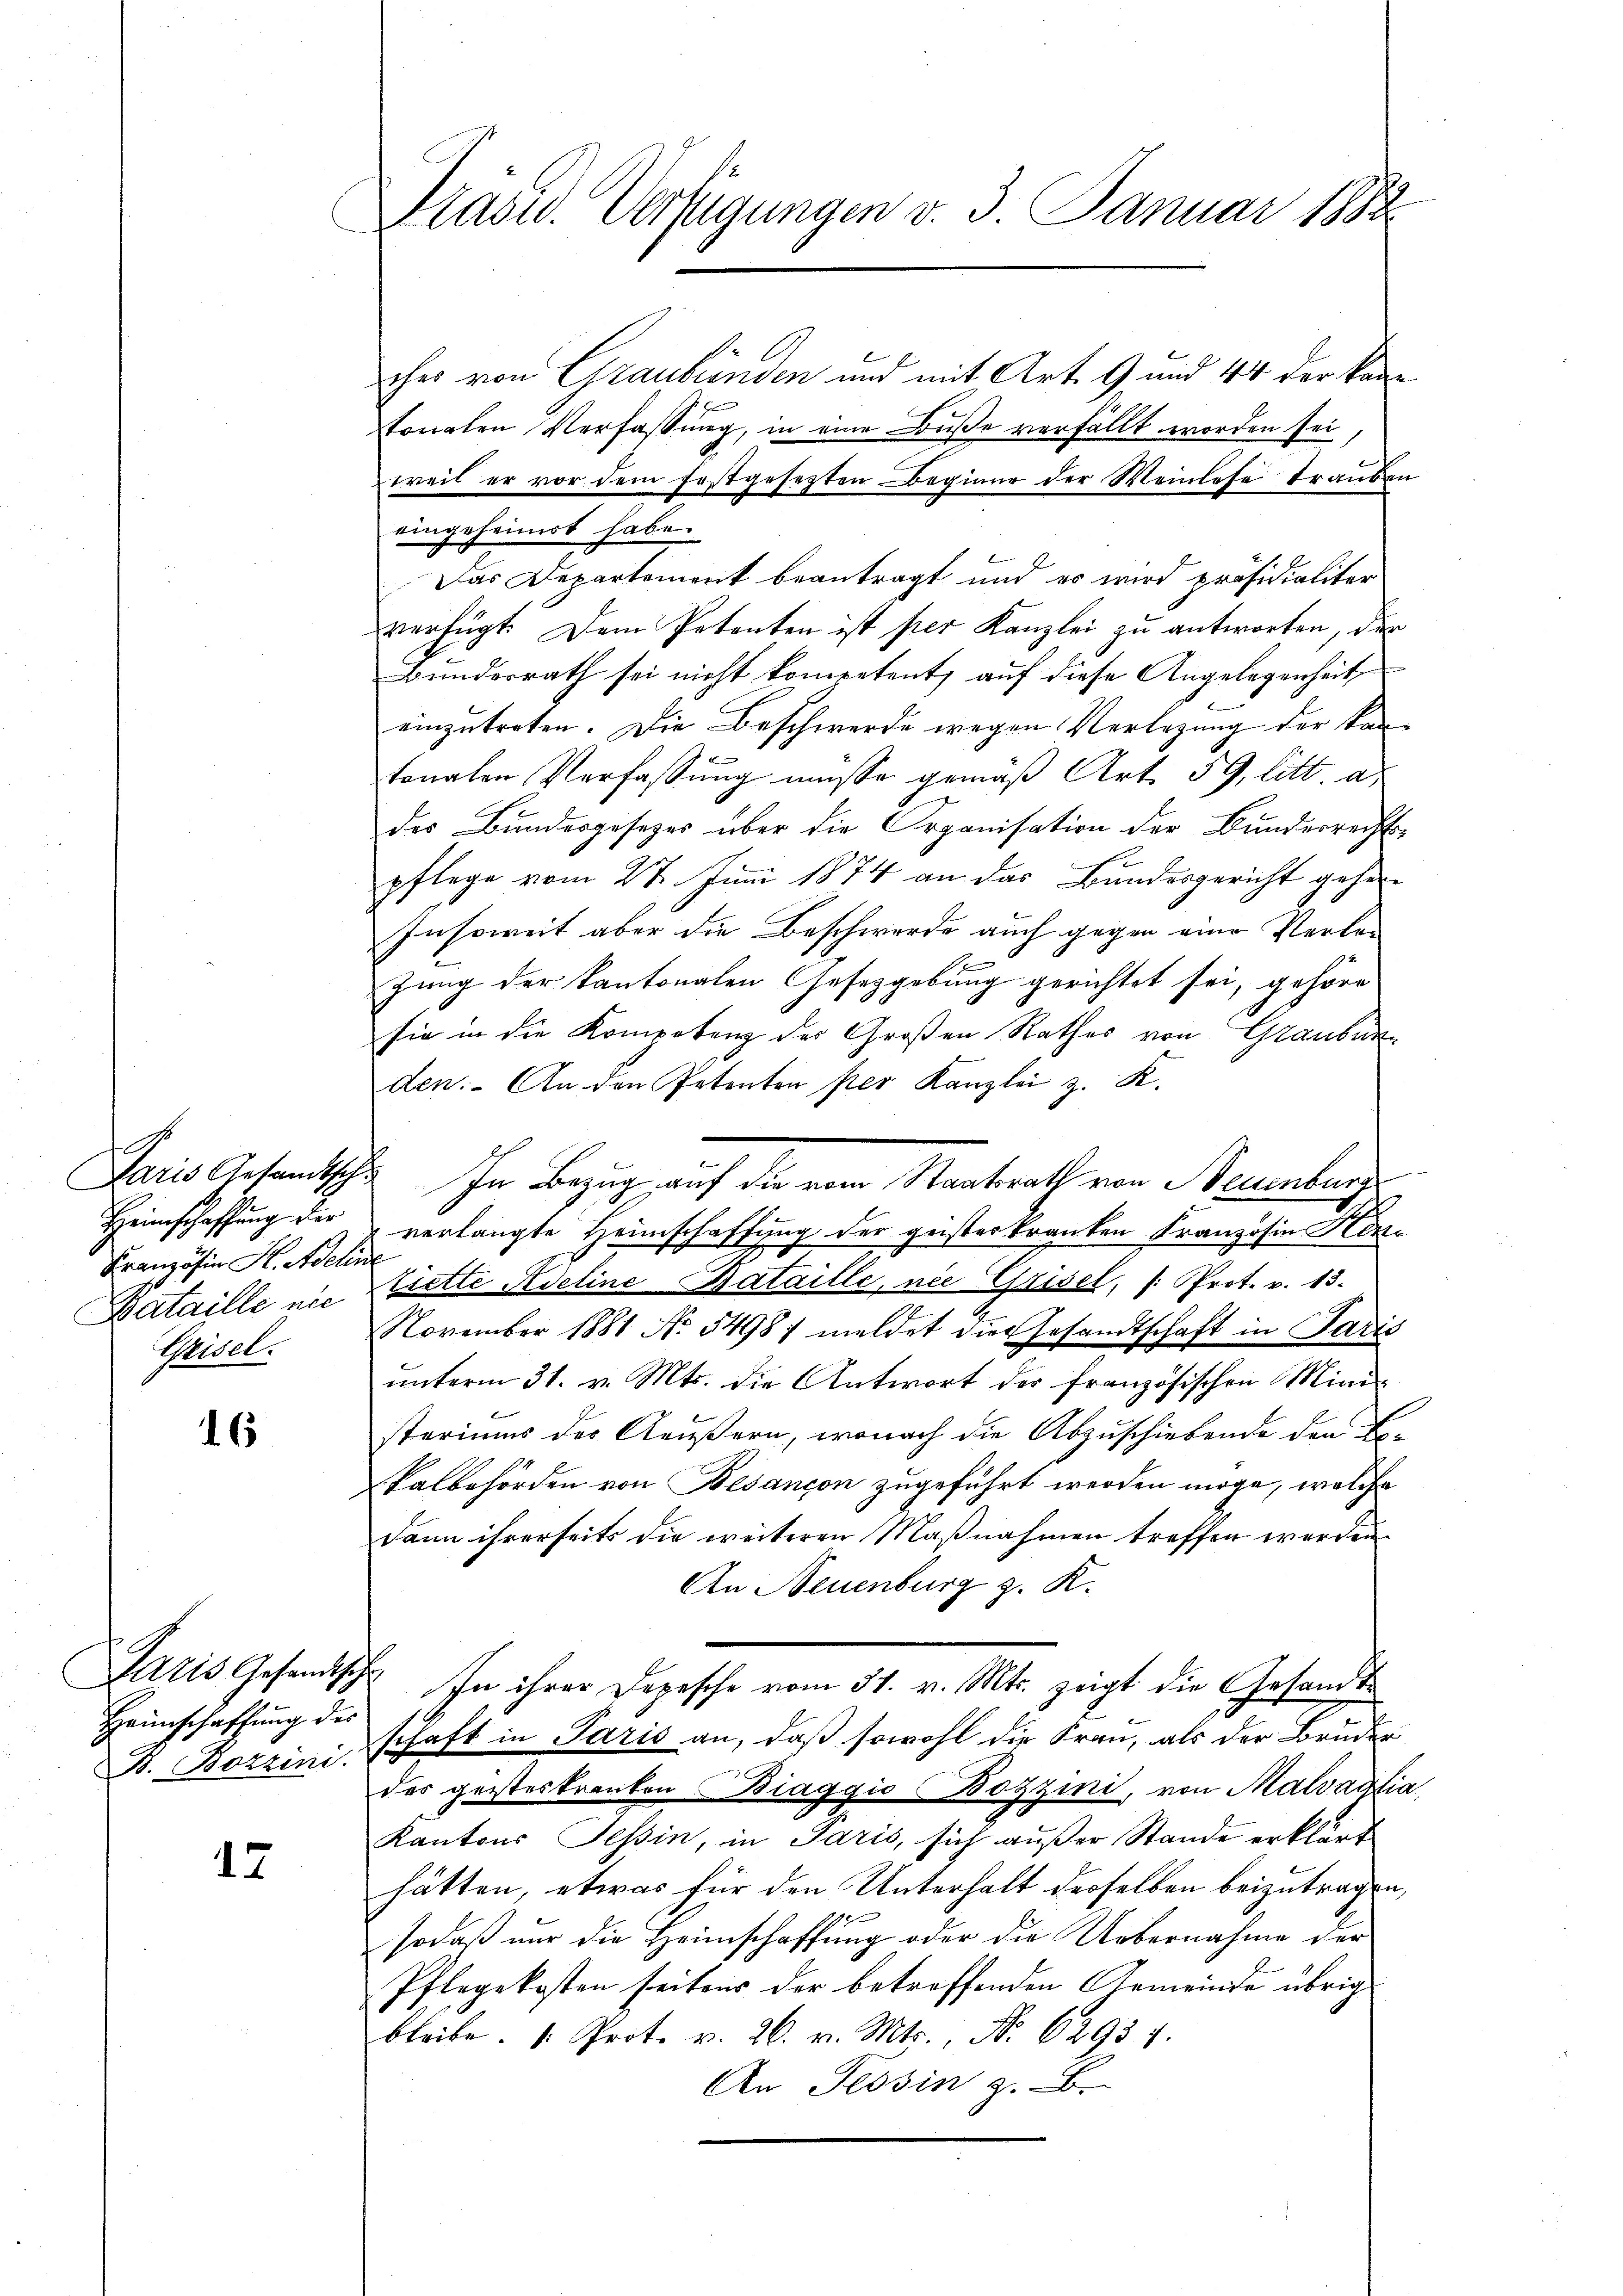
Heimschaffung der
Französin A. Adeline
Bataille nic
Weigel.

16

Heimschaffung des
F. Bozzini.

17

Prasw. Verfügungen v. 3. Januar 1882

ches von Graubünden und mit Art. 9 und 44 der Kantonalen Verfassung, in eine Buße verfällt worden sei,
weil er vor dem festgesetzten Beginne der Weinlese trauben
eingeheimet habe.
Das Departement beantragt und es wird präsidialiter
verfügt. Dem Petenten ist per Kanzlei zu antworten, der
Bunderrath sei nicht kompetent, auf diese Angelegenheit
einzutreten. Die Beschwerde wegen Verlegung der Kantonalen Verfassung müsse gemäß Art. 59, litt. a.
des Bundesgesetzes über die Organisation der Bunderrechts-
pflege vom 27. Juni 1874 an das Bundesgericht gehen
Insoweit aber die Beschwerde auch gegen eine Verbre
n
zung der kantonalen Gesetzgebung gerichtet sei, gehöre
sie in die Kompetenz des Großen Rathes von Graubünden. An den Petenten per Kanzlei z. K.
Paris Gesandtsch. In Bezug auf die vom Staatsrath von Neuenburg
verlangte Heimschaffung der geisterkranken Franzosia Hintiette Adeline Bataille, nie Grisel, /: Prot. v. 13.
November 1881 No 5498) meldet die Gesandtschaft in Paris
ŭnterm 31. v. Mts. die Antwort der französischen Mini-
steriums der Aeußern, wonach die Abzuschiebende der L.
kalbehörden von Besançon zugeführt werden möge, welche
dann ihrerseits die weiteren Maßnahmen treffen werden.
An Neuenburg z. K.
Paris Gesandtsch In ihrer Depesche vom 31. v. Mts. zeigt die Gesandte
schaft in Paris an, daß sowohl die Frau, als der Bruder
des geisteskranken Biaggio (Bozzini, von Malvastia
Kantons Tessin, in Paris, sich außer Stande erklärt
hätten, etwas für den Unterhalt derselben beizutragen,
sodaß nur die Heimschaffung oder die Uebernahme der
Pflegekosten seitens der betreffenden Gemeinde übrig
bleibe. 1. Prot. v. 26. v. Mts., No 62954.
An Tessin z. B.